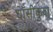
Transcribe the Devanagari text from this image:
घाँसीकुवा